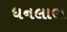
ધનલાભ